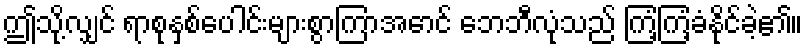
ဤသို့လျှင် ရာစုနှစ်ပေါင်းများစွာကြာအောင် ဘေဘီလုံသည် ကြံ့ကြံ့ခံနိုင်ခဲ့၏။